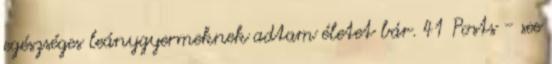
egészséges leánygyermeknek adtam életet bár. 41 Posts - see